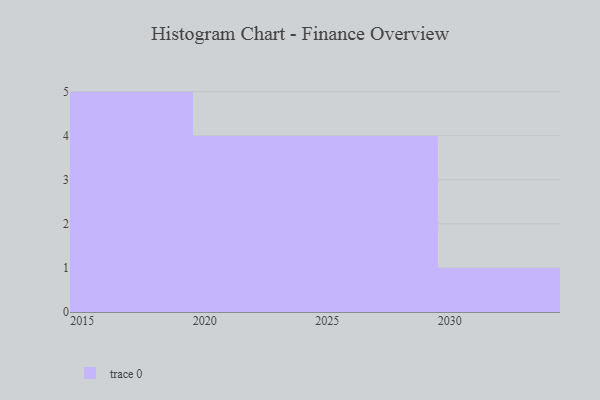
{"axis": {"x": "Year", "y": "Market Share (%)"}, "legend": [""], "data": [{"x": "2025", "y": 64, "type": ""}, {"x": "2016", "y": 18, "type": ""}, {"x": "2027", "y": 20, "type": ""}, {"x": "2023", "y": 19, "type": ""}, {"x": "2030", "y": 17, "type": ""}, {"x": "2019", "y": 14, "type": ""}, {"x": "2029", "y": 42, "type": ""}, {"x": "2024", "y": 47, "type": ""}, {"x": "2017", "y": 46, "type": ""}, {"x": "2021", "y": 5, "type": ""}, {"x": "2015", "y": 57, "type": ""}, {"x": "2026", "y": 33, "type": ""}, {"x": "2018", "y": 79, "type": ""}, {"x": "2022", "y": 55, "type": ""}]}